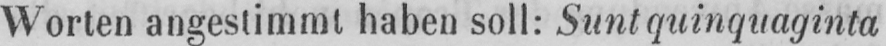
Worten angestimmt haben soll: Sunt quinquaginta